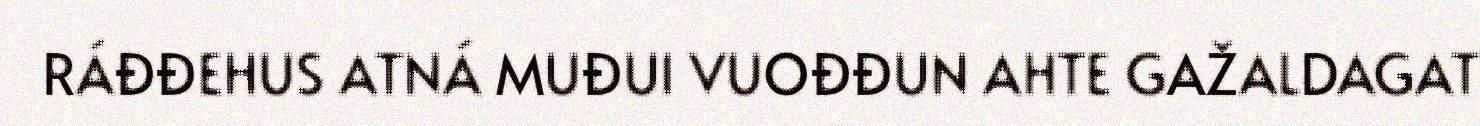
RÁĐĐEHUS ATNÁ MUĐUI VUOĐĐUN AHTE GAŽALDAGAT